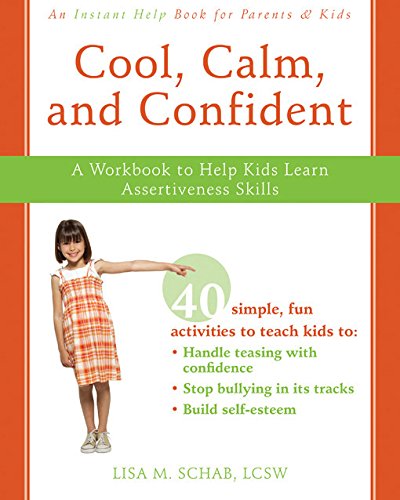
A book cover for Cool, Calm, and Confident: A Workbook to Help Kids Learn Assertiveness Skills; Lisa M. Schab LCSW; Parenting & Relationships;